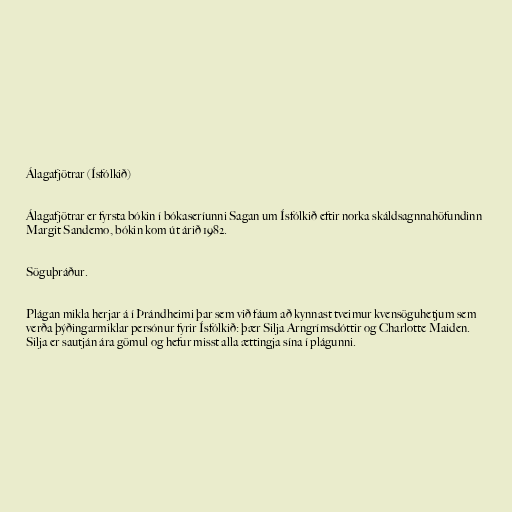
Álagafjötrar (Ísfólkið)

Álagafjötrar er fyrsta bókin í bókaseríunni Sagan um Ísfólkið eftir norka skáldsagnnahöfundinn
Margit Sandemo, bókin kom út árið 1982.

Söguþráður.

Plágan mikla herjar á í Þrándheimi þar sem við fáum að kynnast tveimur kvensöguhetjum sem
verða þýðingarmiklar persónur fyrir Ísfólkið: þær Silja Arngrímsdóttir og Charlotte Maiden.
Silja er sautján ára gömul og hefur misst alla ættingja sína í plágunni.